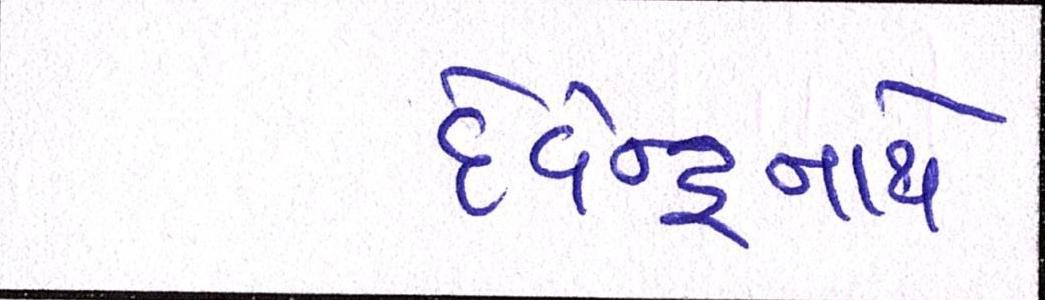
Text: દેવેન્દ્રનાથે